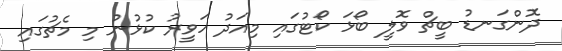
ދޮންގަނޑު ބީޗް ވޮލީ ބޯޅަ ކޯޓުގައި މިއަދު ހަވީރު ކުޅުނު މި މެޗުގައި